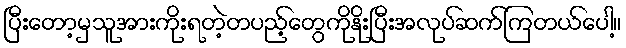
ပြီးတော့မှသူအားကိုးရတဲ့တပည့်တွေကိုနိုးပြီးအလုပ်ဆက်ကြတယ်ပေါ့။